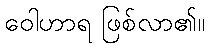
ဝေါဟာရ ဖြစ်လာ၏။